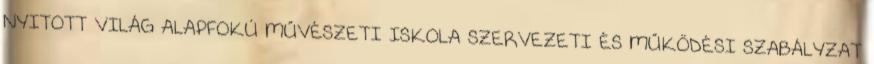
NYITOTT VILÁG ALAPFOKÚ MŰVÉSZETI ISKOLA SZERVEZETI ÉS MŰKÖDÉSI SZABÁLYZAT